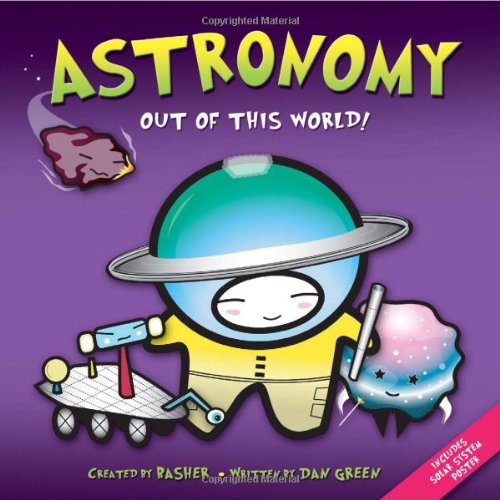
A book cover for Basher Science: Astronomy: Out of this World!; Simon Basher; Science & Math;